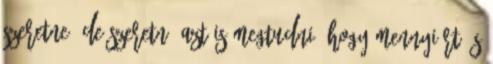
szeretne, de szeretné azt is megtudni, hogy mennyiért és